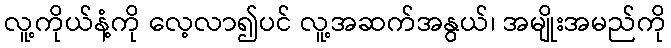
လူ့ကိုယ်နံ့ကို လေ့လာ၍ပင် လူ့အဆက်အနွယ်၊ အမျိုးအမည်ကို